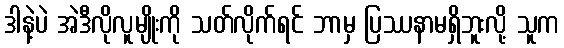
ဒါနဲ့ပဲ အဲဒီလိုလူမျိုးကို သတ်လိုက်ရင် ဘာမှ ပြဿနာမရှိဘူးလို့ သူက